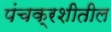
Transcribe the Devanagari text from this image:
पंचक्रशीतील